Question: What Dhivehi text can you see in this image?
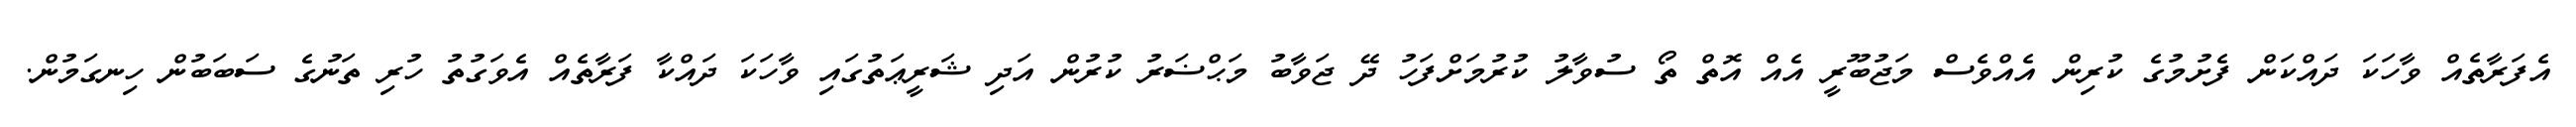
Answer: އެފަރާތެއް ވާހަކަ ދައްކަން ފެށުމުގެ ކުރިން އެއްވެސް މަޖުބޫރީ އެއް އޮތް ތޯ ސުވާލު ކުރުމަށްފަހު ދޭ ޖަވާބު މަޙްޟަރު ކުރުން އަދި ޝަރީޢަތުގައި ވާހަކަ ދައްކާ ފަރާތެއް އެވަގުތު ހުރި ތަނުގެ ސަބަބުން ހިނގަމުން.